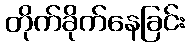
တိုက်ခိုက်နေခြင်း